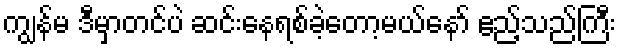
ကျွန်မ ဒီမှာတင်ပဲ ဆင်းနေရစ်ခဲ့တော့မယ်နော် ဧည့်သည်ကြီး